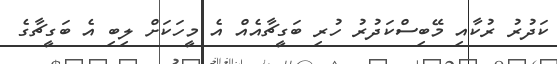
ކަދުރު ރުކާއި މޭބިސްކަދުރު ހުރި ބަގީޗާއެއް އެ މީހަކަށް ލިބި އެ ބަގީޗާގެ